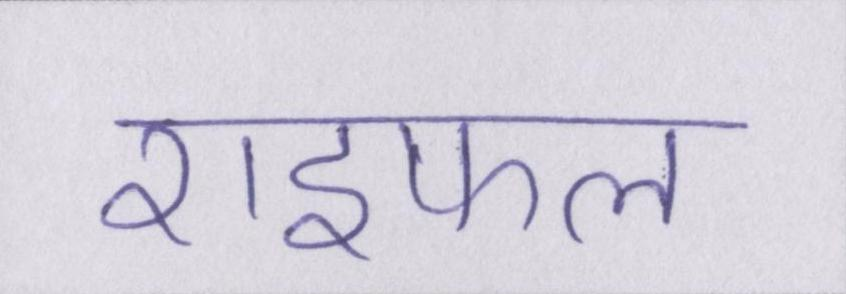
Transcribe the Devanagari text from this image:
राइफल